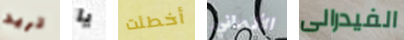
تريد يا أخطئت الألماني الفيدرالى